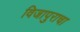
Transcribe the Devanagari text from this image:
विजापुराचा